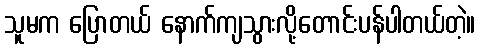
သူမက ပြောတယ် နောက်ကျသွားလို့တောင်းပန်ပါတယ်တဲ့။